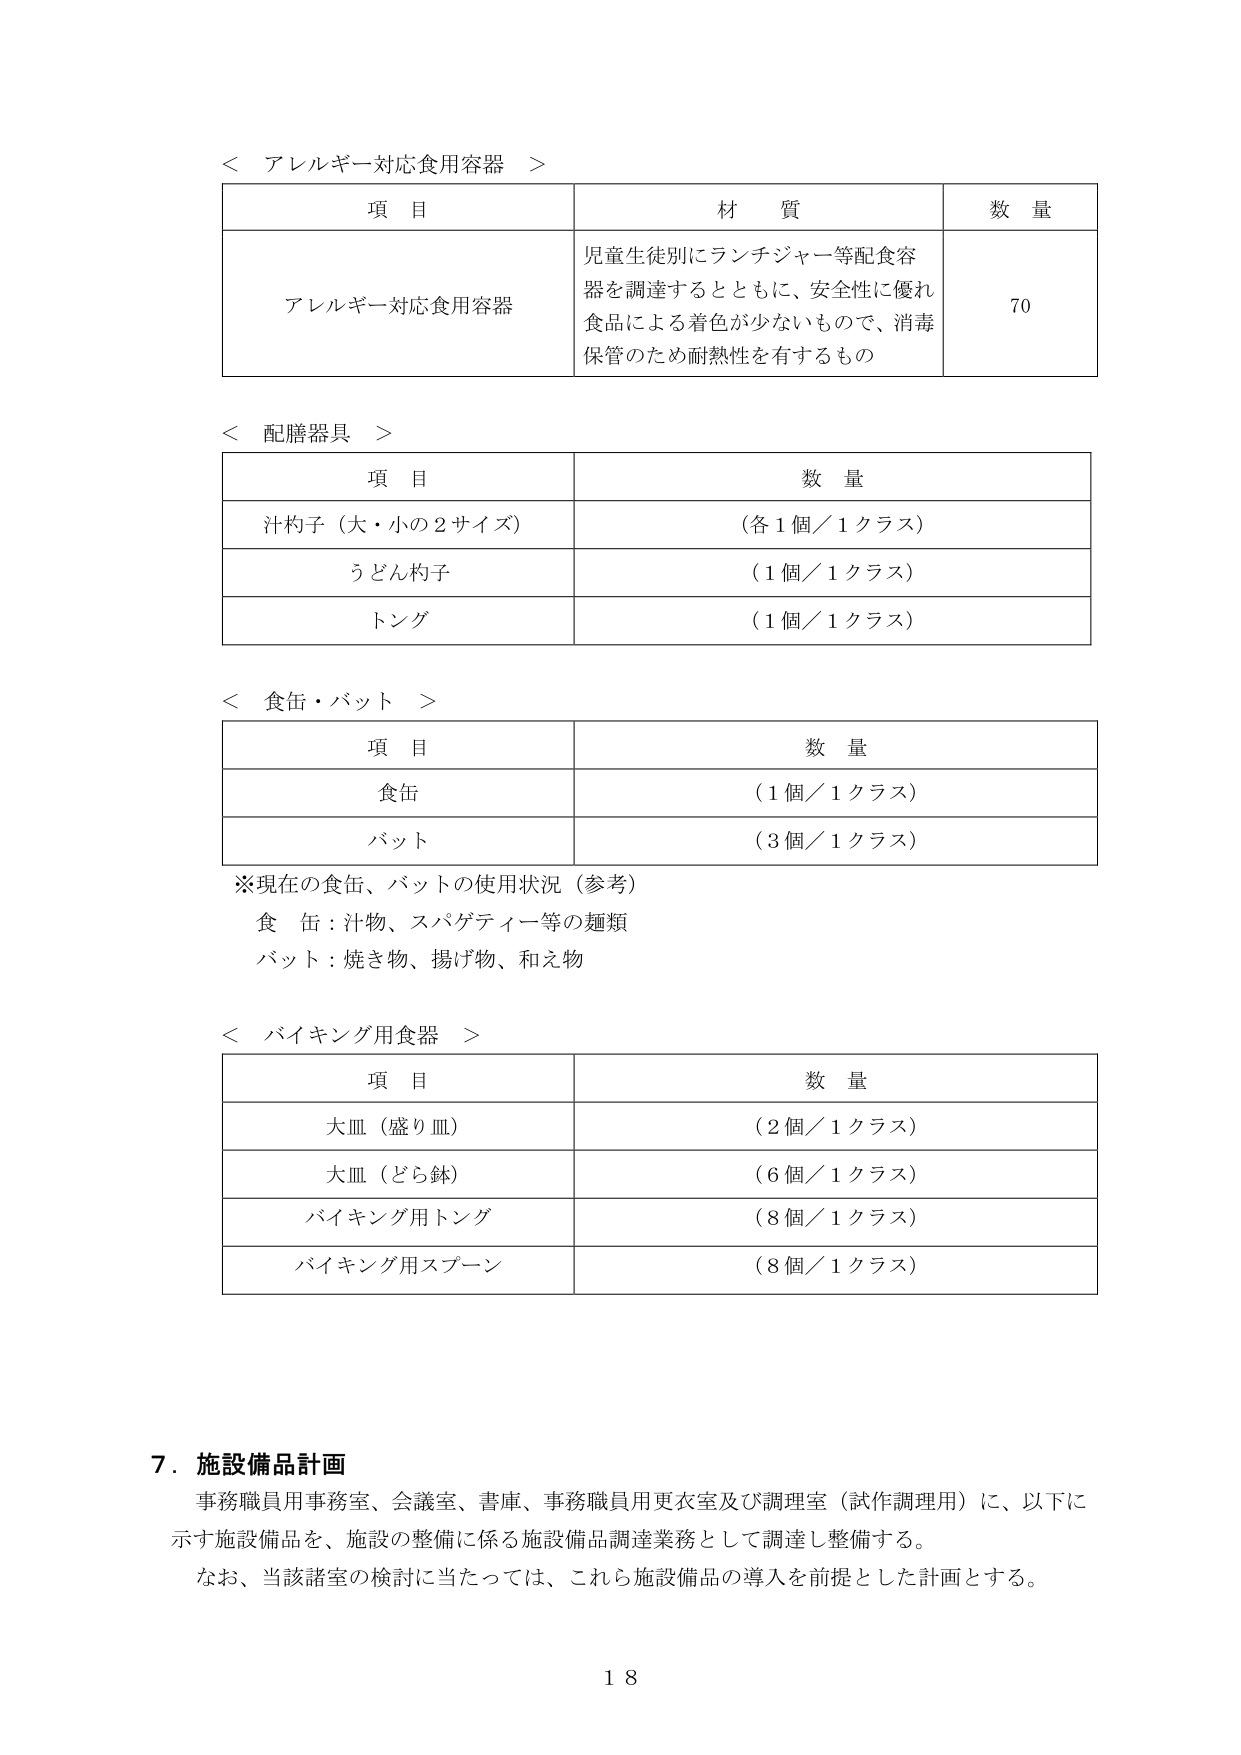
＜ アレルギー対応食用容器 ＞
項 目 材 質 数 量
アレルギー対応食用容器 児童生徒別にランチジャー等配食容器を調達するとともに、安全性に優れ食品による着色が少ないもので、消毒保管のため耐熱性を有するもの 70

＜ 配膳器具 ＞
項 目 数 量
汁杓子（大・小の2サイズ） （各1個／1クラス）
うどん杓子 （1個／1クラス）
トング （1個／1クラス）

＜ 食缶・バット ＞
項 目 数 量
食缶 （1個／1クラス）
バット （3個／1クラス）
※現在の食缶、バットの使用状況（参考）
食缶：汁物、スパゲティ等の麺類
バット：焼き物、揚げ物、和え物

＜ バイキング用食器 ＞
項 目 数 量
大皿（盛り皿） （2個／1クラス）
大皿（どら鉢） （6個／1クラス）
バイキング用トング （8個／1クラス）
バイキング用スプーン （8個／1クラス）

7．施設備品計画
事務職員用事務室、会議室、書庫、事務職員用更衣室及び調理室（試作調理用）に、以下に示す施設備品を、施設の整備に係る施設備品調達業務として調達し整備する。
なお、当該諸室の検討に当たっては、これら施設備品の導入を前提とした計画とする。

18